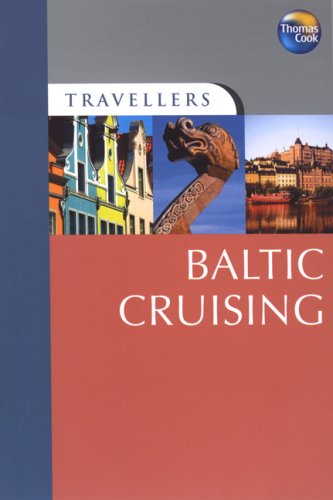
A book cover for Travellers Baltic Cruising (Travellers - Thomas Cook); Jon Sparks; Travel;